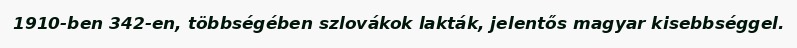
1910-ben 342-en, többségében szlovákok lakták, jelentős magyar kisebbséggel.